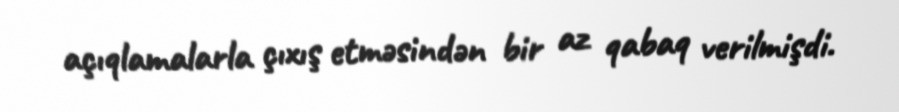
açıqlamalarla çıxış etməsindən bir az qabaq verilmişdi.